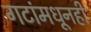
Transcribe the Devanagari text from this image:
गटांमधूनही